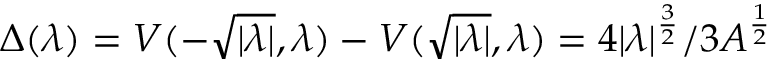
\Delta ( \lambda ) = V ( - \sqrt { | \lambda | } , \lambda ) - V ( \sqrt { | \lambda | } , \lambda ) = 4 | \lambda | ^ { \frac { 3 } { 2 } } / 3 A ^ { \frac 1 2 }